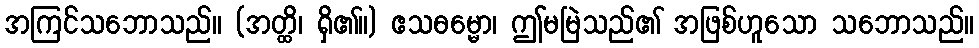
အကြင်သဘောသည်။ (အတ္ထိ၊ ရှိ၏။) ဧသဓမ္မော၊ ဤမမြဲသည်၏ အဖြစ်ဟူသော သဘောသည်။